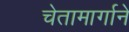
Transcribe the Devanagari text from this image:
चेतामार्गाने